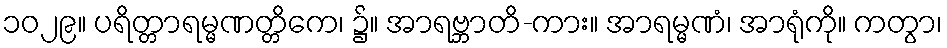
၁၀၂၉။ ပရိတ္တာရမ္မဏတ္တိကေ၊ ၌။ အာရဗ္ဘာတိ-ကား။ အာရမ္မဏံ၊ အာရုံကို။ ကတွာ၊